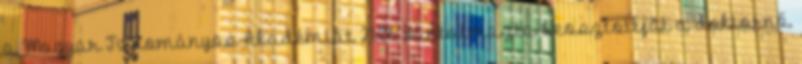
a Magyar Tudományos Akadémiát 21:06 Bántalmazta beosztottját a doktornő,